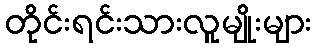
တိုင်းရင်းသားလူမျိုးများ